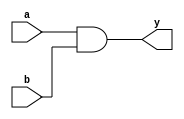
module top(...);
    input a, b;
    output y;
    assign y = a&b;
endmodule